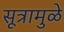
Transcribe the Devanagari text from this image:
सूत्रामुळे